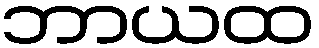
ဘာယထ